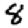
Digit: 8